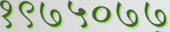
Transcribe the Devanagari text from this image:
१९७५०७७